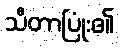
သီတာပြုံး၏